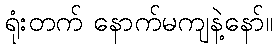
ရုံးတက် နောက်မကျနဲ့နော်။